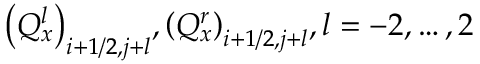
{ { \left( Q _ { x } ^ { l } \right) } _ { i + 1 / 2 , j + l } } , { { \left( Q _ { x } ^ { r } \right) } _ { i + 1 / 2 , j + l } } , l = - 2 , \ldots , 2